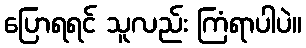
ပြောရရင် သူလည်း ကြံရာပါပဲ။